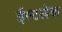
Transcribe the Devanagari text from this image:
ईस्टलेक